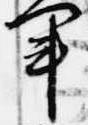
軍